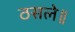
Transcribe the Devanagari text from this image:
ठसले॥